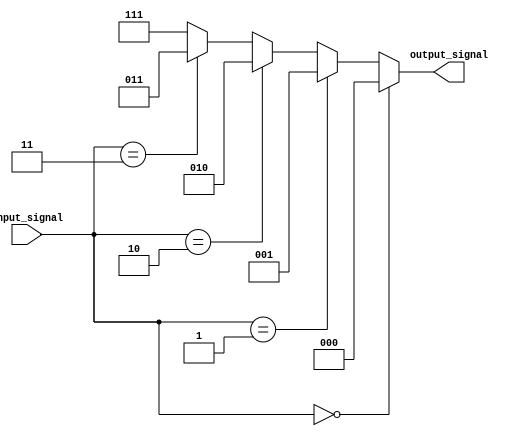
module if_else_statement (
   input wire [3:0] input_signal,
   output reg [2:0] output_signal
);

always @* begin
   if(input_signal == 4'b0000) begin
      output_signal = 3'b000;
   end
   else if(input_signal == 4'b0001) begin
      output_signal = 3'b001;
   end
   else if(input_signal == 4'b0010) begin
      output_signal = 3'b010;
   end
   else if(input_signal == 4'b0011) begin
      output_signal = 3'b011;
   end
   else begin
      output_signal = 3'b111; // default output value
   end
end

endmodule